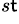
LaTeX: ^{s\mathsf{t}}